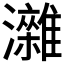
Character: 𤄖